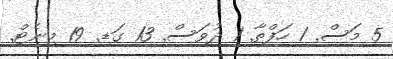
5 މަސް